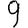
Digit: 9